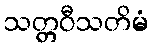
သတ္တဝီသတိမံ